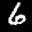
Label: 6